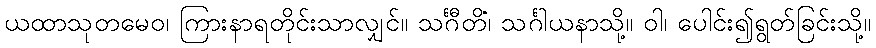
ယထာသုတမေဝ၊ ကြားနာရတိုင်းသာလျှင်။ သင်္ဂီတိံ၊ သင်္ဂါယနာသို့။ ဝါ၊ ပေါင်း၍ရွတ်ခြင်းသို့။